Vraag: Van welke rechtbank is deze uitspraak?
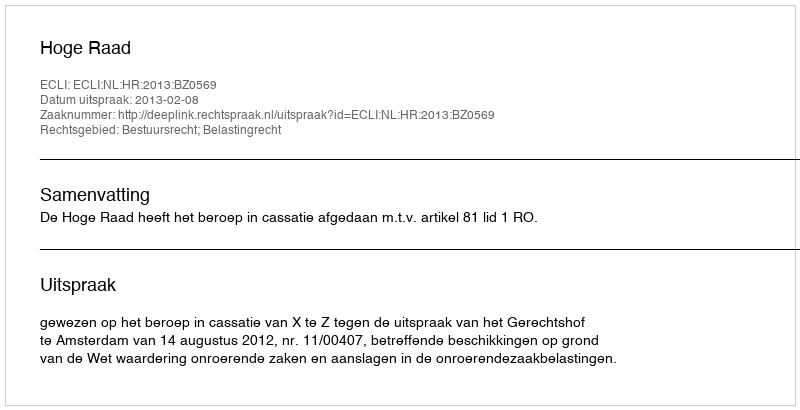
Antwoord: Hoge Raad